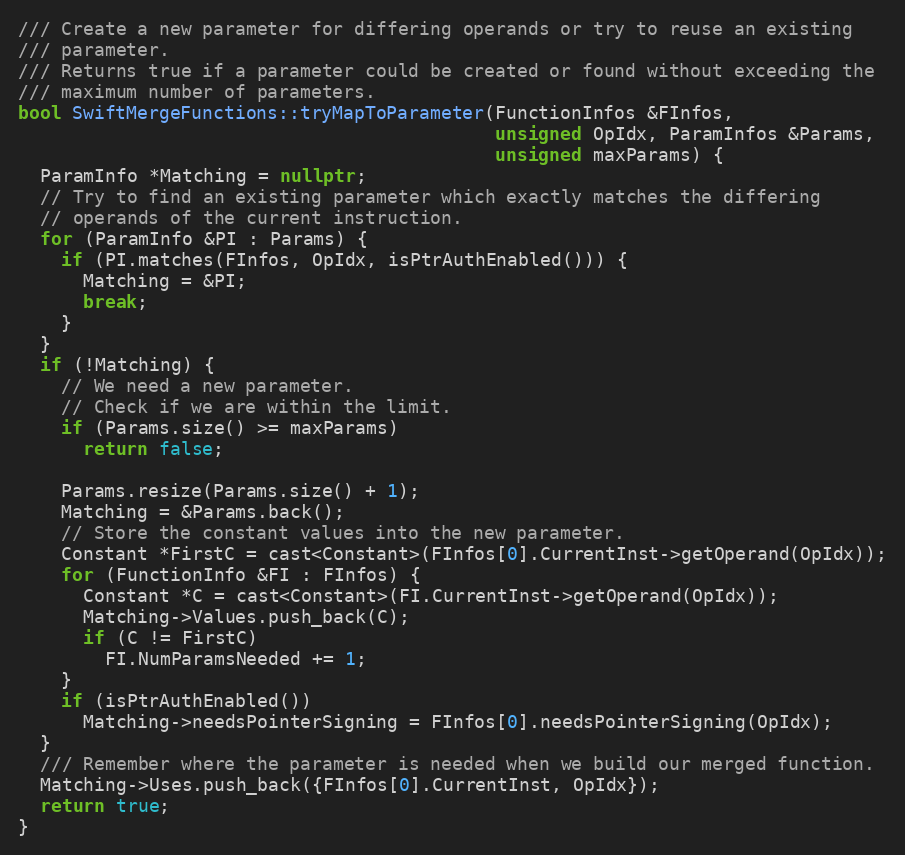
Language: C++
/// Create a new parameter for differing operands or try to reuse an existing
/// parameter.
/// Returns true if a parameter could be created or found without exceeding the
/// maximum number of parameters.
bool SwiftMergeFunctions::tryMapToParameter(FunctionInfos &FInfos,
                                            unsigned OpIdx, ParamInfos &Params,
                                            unsigned maxParams) {
  ParamInfo *Matching = nullptr;
  // Try to find an existing parameter which exactly matches the differing
  // operands of the current instruction.
  for (ParamInfo &PI : Params) {
    if (PI.matches(FInfos, OpIdx, isPtrAuthEnabled())) {
      Matching = &PI;
      break;
    }
  }
  if (!Matching) {
    // We need a new parameter.
    // Check if we are within the limit.
    if (Params.size() >= maxParams)
      return false;

    Params.resize(Params.size() + 1);
    Matching = &Params.back();
    // Store the constant values into the new parameter.
    Constant *FirstC = cast<Constant>(FInfos[0].CurrentInst->getOperand(OpIdx));
    for (FunctionInfo &FI : FInfos) {
      Constant *C = cast<Constant>(FI.CurrentInst->getOperand(OpIdx));
      Matching->Values.push_back(C);
      if (C != FirstC)
        FI.NumParamsNeeded += 1;
    }
    if (isPtrAuthEnabled())
      Matching->needsPointerSigning = FInfos[0].needsPointerSigning(OpIdx);
  }
  /// Remember where the parameter is needed when we build our merged function.
  Matching->Uses.push_back({FInfos[0].CurrentInst, OpIdx});
  return true;
}